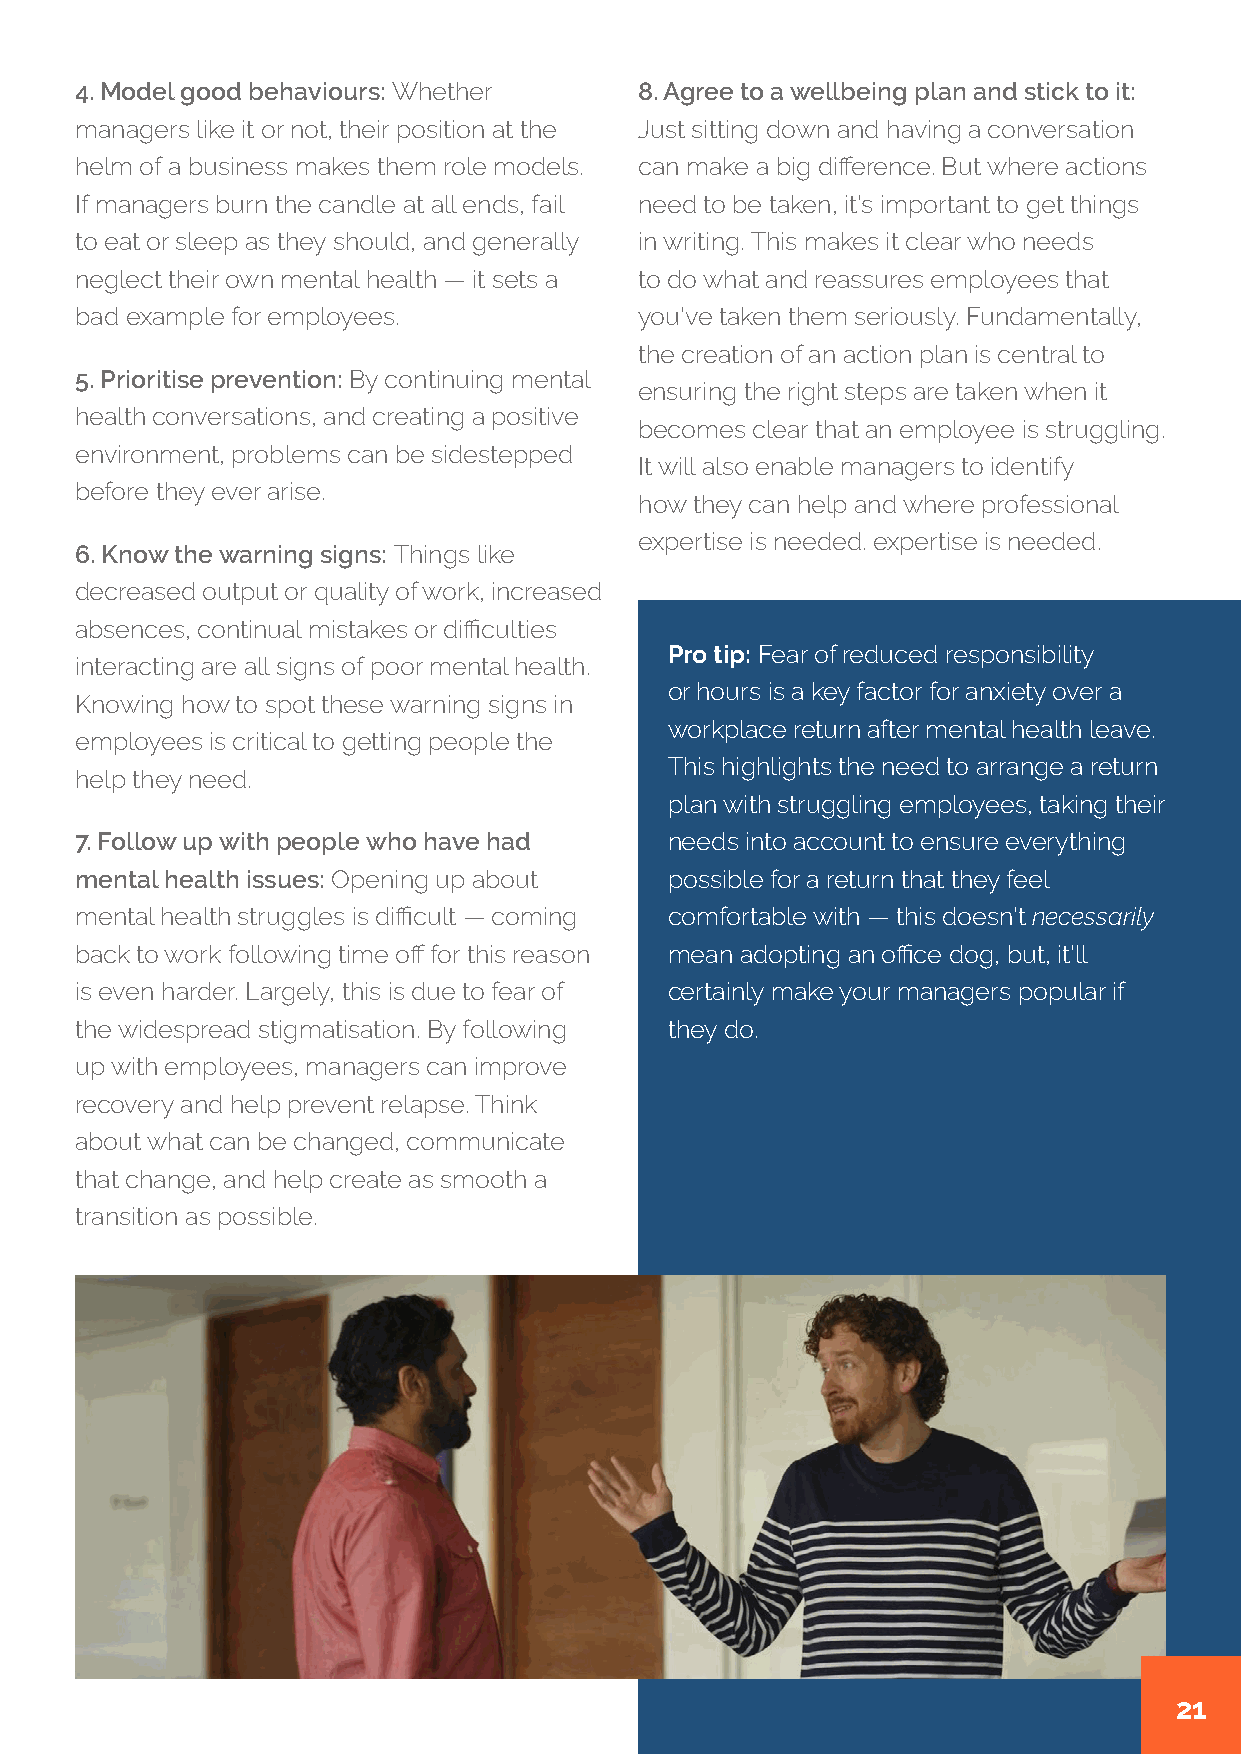
4. Model good behaviours: Whether    8. Agree to a wellbeing plan and stick to it:
 managers like it or not, their position at the Just sitting down and having a conversation
 helm of a business makes them role models. can make a big difference. But where actions
 If managers burn the candle at all ends, fail need to be taken, it’s important to get things
 to eat or sleep as they should, and generally in writing. This makes it clear who needs
 neglect their own mental health — it sets a to do what and reassures employees that
 bad example for employees.           you’ve taken them seriously. Fundamentally,
 the creation of an action plan is central to
 5. Prioritise prevention: By continuing mental
 ensuring the right steps are taken when it
 health conversations, and creating a positive
 becomes clear that an employee is struggling.
 environment, problems can be sidestepped
 It will also enable managers to identify
 before they ever arise.
 how they can help and where professional
 expertise is needed. expertise is needed.
 6. Know the warning signs: Things like
 decreased output or quality of work, increased
 absences, continual mistakes or difficulties
 Pro tip: Fear of reduced responsibility
 interacting are all signs of poor mental health.
 or hours is a key factor for anxiety over a
 Knowing how to spot these warning signs in
 workplace return after mental health leave.
 employees is critical to getting people the
 This highlights the need to arrange a return
 help they need.
 plan with struggling employees, taking their
 7. Follow up with people who have had  needs into account to ensure everything
 mental health issues: Opening up about possible for a return that they feel
 mental health struggles is difficult — coming comfortable with — this doesn’t necessarily
 back to work following time off for this reason mean adopting an office dog, but, it’ll
 is even harder. Largely, this is due to fear of certainly make your managers popular if
 the widespread stigmatisation. By following they do.
 up with employees, managers can improve
 recovery and help prevent relapse. Think
 about what can be changed, communicate
 that change, and help create as smooth a
 transition as possible.
 21